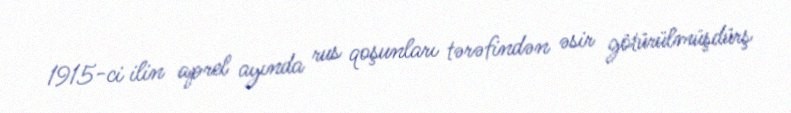
1915-ci ilin aprel ayında rus qoşunları tərəfindən əsir götürülmüşdürş